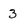
Character: 3